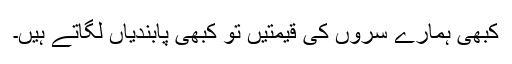
کبھی ہمارے سروں کی قیمتیں تو کبھی پابندیاں لگاتے ہیں۔